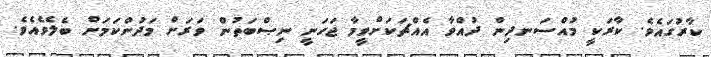
ކާރުގައެވެ. ކާރަކީ މުއްސަނދިން ދުއްވާ އެއްޗަކަށްވީމާ ޖަހަނީ ނިޞްބަތުން ވަރަށް މަދުންކަމަށް ބެލެވެއެވެ.